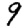
Digit: 9